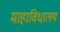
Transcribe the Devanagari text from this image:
माहाविधालय